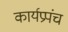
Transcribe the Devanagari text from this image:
कार्यप्रपंच